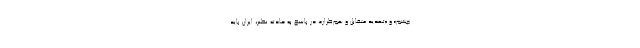
چشم» و «تهدید متقابل و هم‌طراز»، در پاسخ به حادثه نطنز، ایران باید